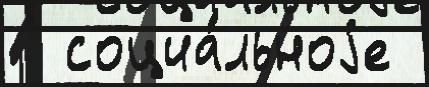
  социа́льноjе